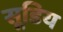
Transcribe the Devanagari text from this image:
सूडिय